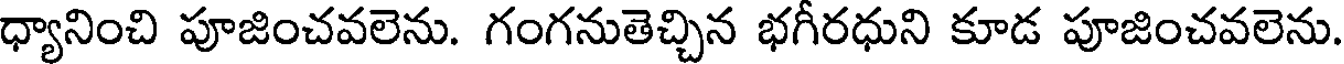
ధ్యానించి పూజించవలెను. గంగనుతెచ్చిన భగీరధుని కూడ పూజించవలెను.